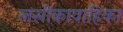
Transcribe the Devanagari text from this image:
लसीकावाहिका